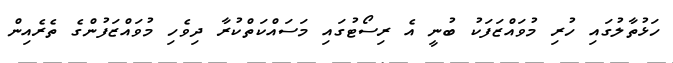
ހަޅުތާލުގައި ހުރި މުވައްޒަފަކު ބުނީ އެ ރިސޯޓުގައި މަސައްކަތްކުރާ ދިވެހި މުވައްޒަފުންގެ ތެރެއިން